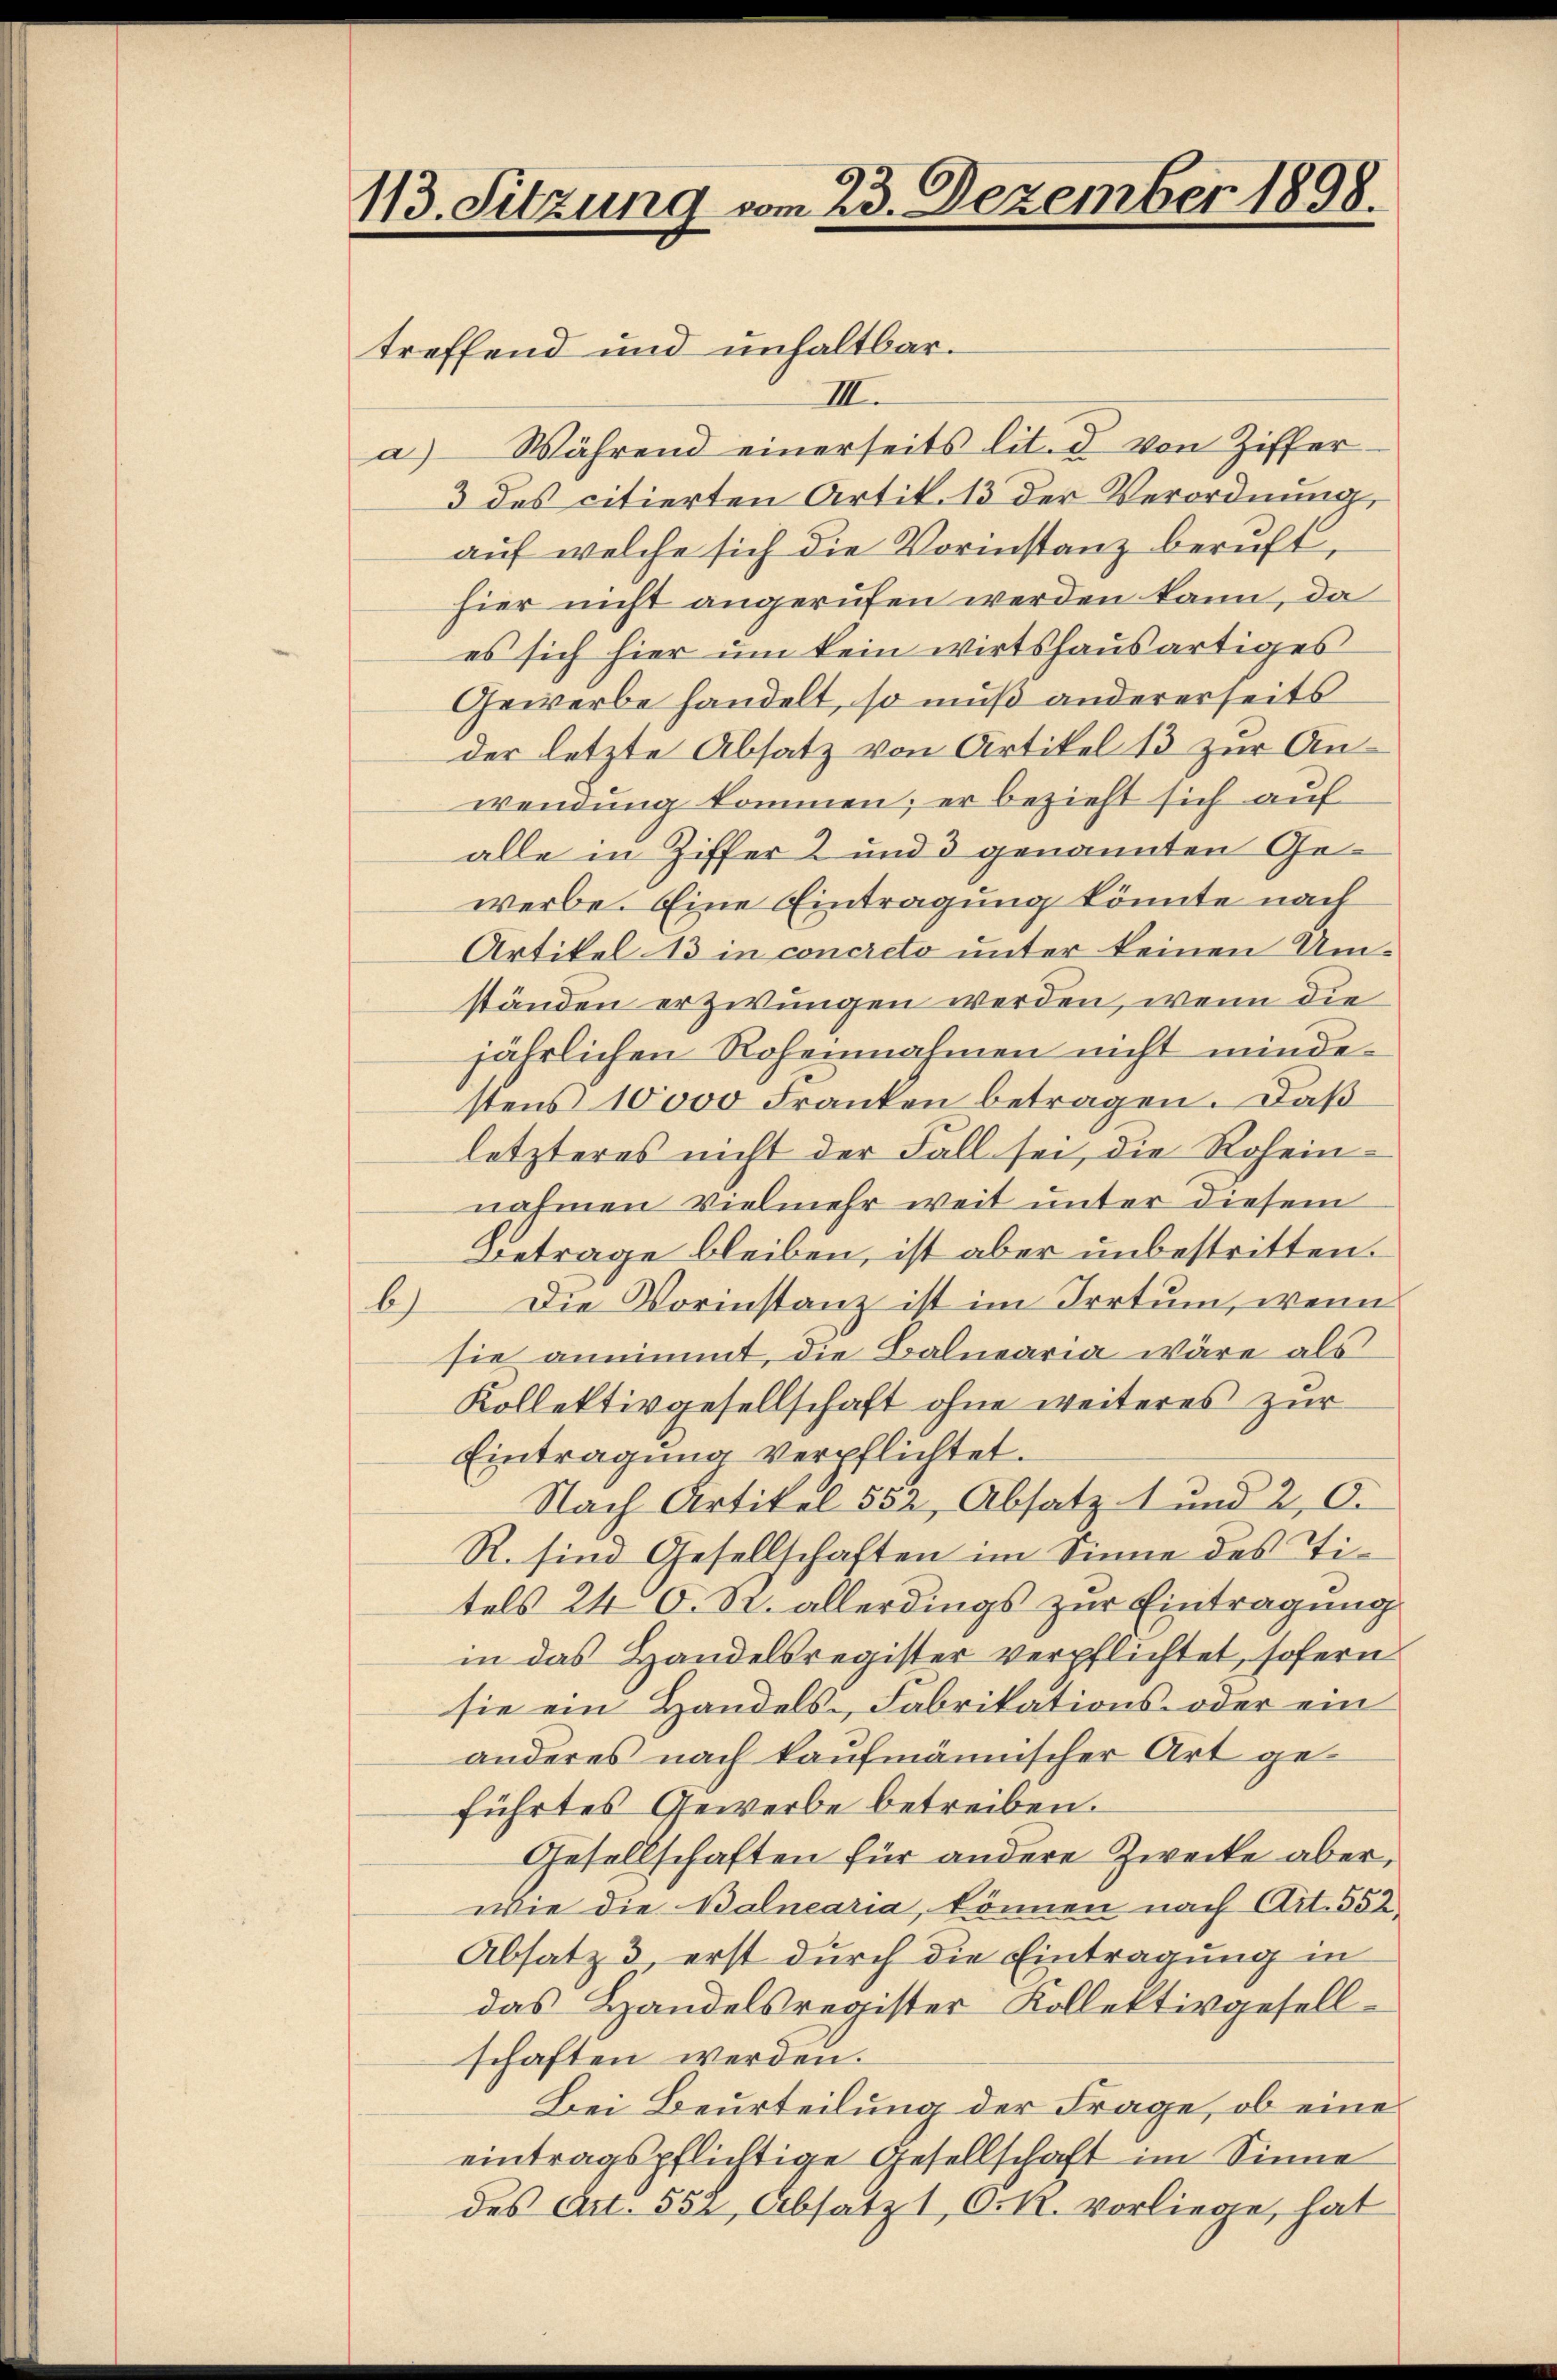
113. Sitzung vom 23. Dezember 1898.

treffend und unhaltbar.
III.
Während einerseits lit. d von Ziffer
a
3 des citierten Artik. 13 der Verordnung,
auf welche sich die Vorinstanz beruft,
hier nicht angerufen werden kann, da
es sich hier um kein wirtshausartiges
Gewerbe handelt, so muß andererseits
der letzte Absatz von Artikel 13 zur Anwendung kommen; er bezieht sich auf
alle in Ziffer 2 und 3 genannten Gewerbe. Eine Eintragung könnte nach
Artikel 13 in concreto unter keinen Um-
ständen erzwungen werden, wenn die
jährlichen Roheinnahmen nicht mindestens 10000 Franken betragen. Daß
letzteres nicht der Fall sei, die Roheinnahmen vielmehr weit unter diesem
Betrage bleiben, ist aber unbestritten.
b) Die Vorinstanz ist im Irrtum, wenn
sie annimmt, die Balnearia wäre als
Kollektivgesellschaft ohne weiteres zur
Eintragung verpflichtet.
Nach Artikel 552, Absatz 1 und 2, O.
R. sind Gesellschaften im Sinne des Titels 24 O. S. allerdings zur Eintragung
in das Handelsregister verpflichtet, sofern
sie ein Handels-Fabrikations- oder ein
anderes nach kaufmännischer Art geführtes Gewerbe betreiben.
Gesellschaften für andere Zwecke aber,
wie die Balnearia, können nach Art. 552
Absatz 3, erst durch die Eintragung in
das Handelsregister Kollektivgesellschaften werden.
Bei Beurteilung der Frage, ob eine
eintragspflichtige Gesellschaft im Sinne
des Art. 552, Absatz 1 O. R. vorliege, hat